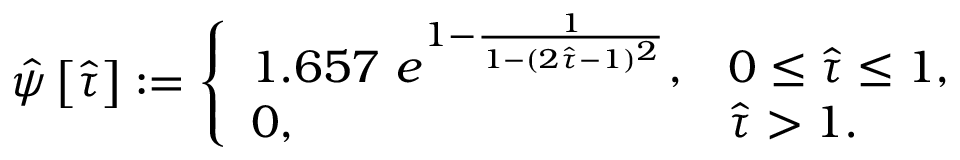
\hat { \psi } \left[ \hat { \tau } \right] : = \left\{ \begin{array} { l l } { 1 . 6 5 7 ~ e ^ { 1 - \frac { 1 } { 1 - ( 2 \hat { \tau } - 1 ) ^ { 2 } } } , } & { 0 \leq \hat { \tau } \leq 1 , } \\ { 0 , } & { \hat { \tau } > 1 . } \end{array} \right.